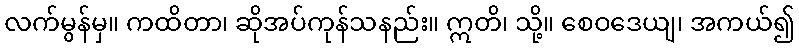
လက်မွန်မှ။ ကထိတာ၊ ဆိုအပ်ကုန်သနည်း။ ဣတိ၊ သို့။ စေဝဒေယျ၊ အကယ်၍